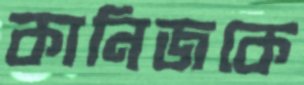
কানিজকে